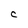
Character: C